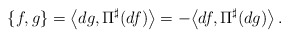
\begin{align*} \{f,g\}=\bigl\langle dg,\Pi^\sharp(df)\bigr\rangle =-\bigl\langle df,\Pi^\sharp(dg)\bigr\rangle\,. \end{align*}